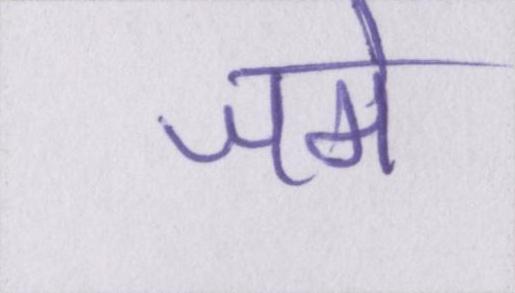
जमे